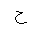
Letter: _kha